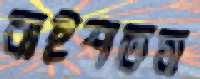
বাইশতম